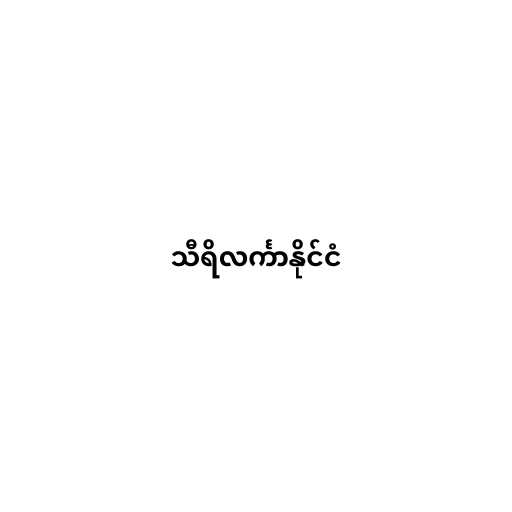
သီရိလင်္ကာနိုင်ငံ